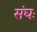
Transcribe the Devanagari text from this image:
संघः